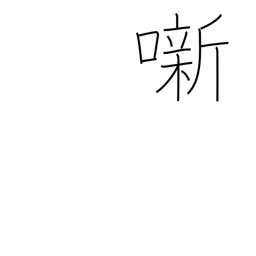
Meaning: (kokuji)